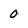
Character: 0